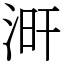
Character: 涆